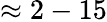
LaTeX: \approx 2-15